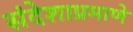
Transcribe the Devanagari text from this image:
संदेशाप्रमाणे